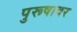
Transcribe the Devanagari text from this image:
पुरूषावर